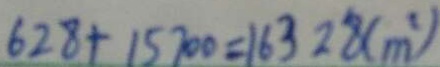
6 2 8 + 1 5 7 0 0 = 1 6 3 2 8 ( m ^ { 2 } )